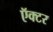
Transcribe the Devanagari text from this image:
ऍक्टर